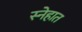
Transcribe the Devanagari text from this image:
स्नेहात